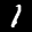
Label: 1